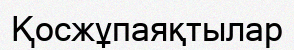
Қосжұпаяқтылар